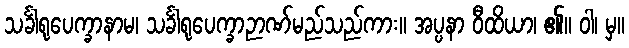
သင်္ခါရုပေက္ခာနာမ၊ သင်္ခါရုပေက္ခာဉာဏ်မည်သည်ကား။ အပ္ပနာ ဝီထိယာ၊ ၏။ ဝါ၊ မှ။